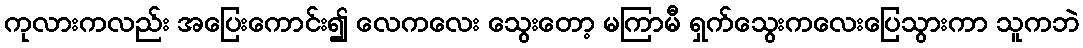
ကုလားကလည်း အပြေးကောင်း၍ လေကလေး သွေးတော့ မကြာမီ ရှက်သွေးကလေးပြေသွားကာ သူကဘဲ